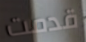
قدمت